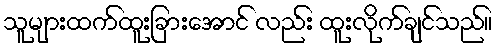
သူများထက်ထူးခြားအောင် လည်း ထူးလိုက်ချင်သည်။